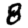
Digit: 8